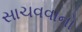
સાચવવાનો